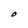
Character: O